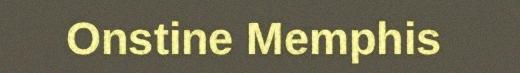
Onstine Memphis